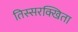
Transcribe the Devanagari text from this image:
तिस्सरक्खिता